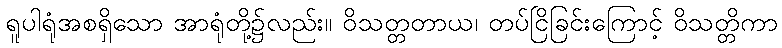
ရူပါရုံအစရှိသော အာရုံတို့၌လည်း။ ဝိသတ္တတာယ၊ တပ်ငြိခြင်းကြောင့် ဝိသတ္တိကာ